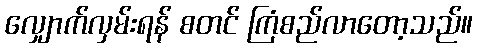
လျှောက်လှမ်းရန် စတင် ကြံစည်လာတော့သည်။